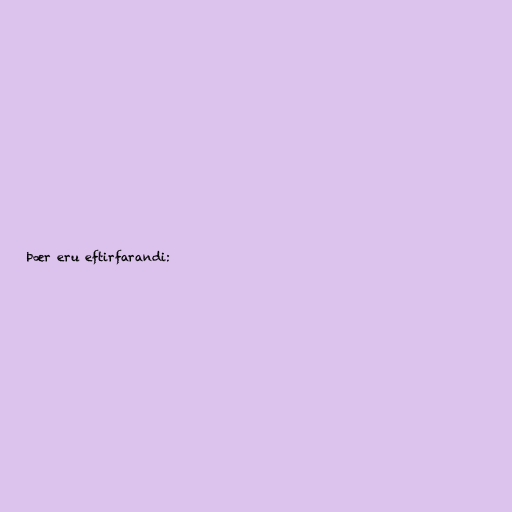
Þær eru eftirfarandi: